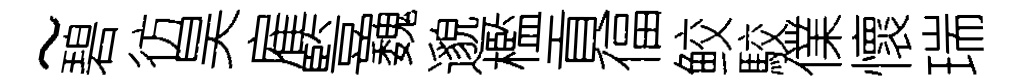
~碧彷昊雇䜿巍邈檻貢偪鲛駮㒒懷瑞